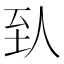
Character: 𬛱